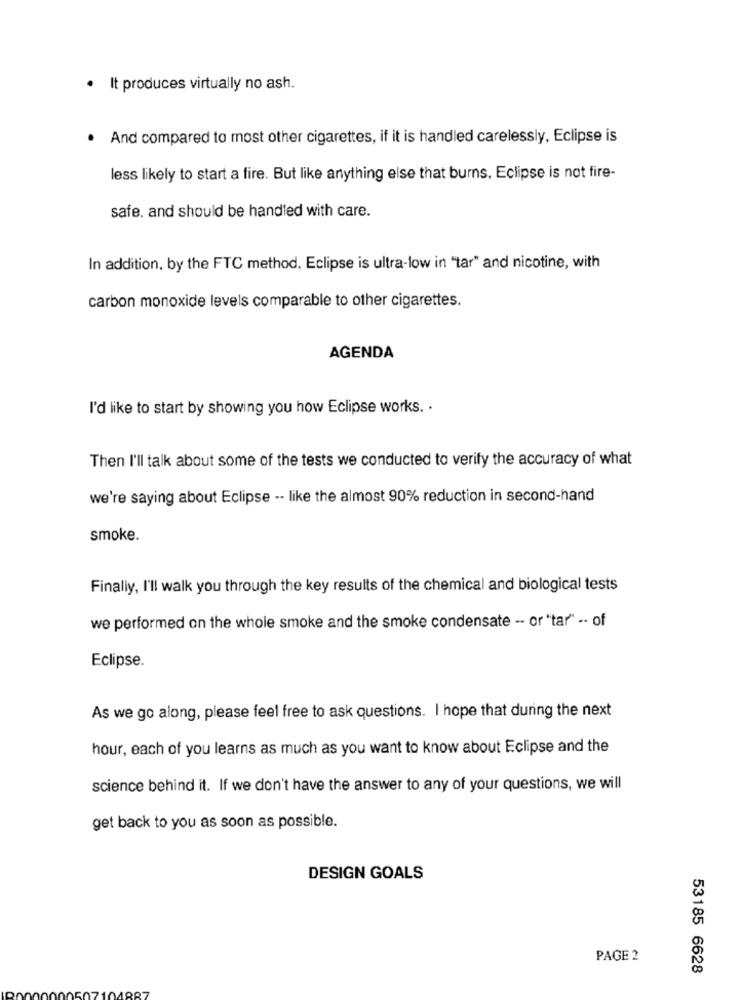
· It produces virtually no ash.
· And compared to most other cigarettes, if it is handled carelessly, Eclipse is
less likely to start a fire. But like anything else that burns. Eclipse is not fire-
safe. and should be handled with care.
In addition, by the FTC method, Eclipse is ultra-low in "tar" and nicotine, with
carbon monoxide levels comparable to other cigarettes.
AGENDA
I'd like to start by showing you how Eclipse works. .
Then I'll talk about some of the tests we conducted to verify the accuracy of what
we're saying about Eclipse -- like the almost 90% reduction in second-hand
smoke.
Finally, I'll walk you through the key results of the chemical and biological tests
we performed on the whole smoke and the smoke condensate -- or "tar" -- of
Eclipse.
As we go along, please feel free to ask questions. I hope that during the next
hour, each of you learns as much as you want to know about Eclipse and the
science behind it. If we don't have the answer to any of your questions, we will
get back to you as soon as possible.
DESIGN GOALS
PAGE 2
53185 6628